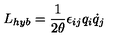
L _ { h y b } = \frac { 1 } { 2 \theta } \epsilon _ { i j } q _ { i } \dot { q } _ { j }